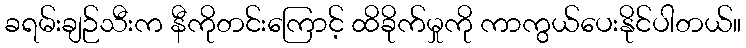
ခရမ်းချဉ်သီးက နီကိုတင်းကြောင့် ထိခိုက်မှုကို ကာကွယ်ပေးနိုင်ပါတယ်။